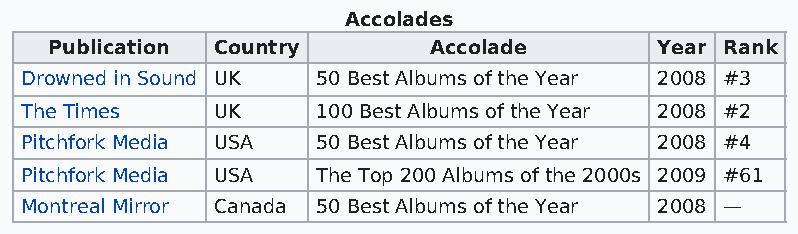
Accolades
 Publication Country      Accolade        Year Rank
 Drowned in Sound UK 50 Best Albums of the Year 2008 #3
 The Times    UK     100 Best Albums of the Year 2008 #2
 Pitchfork Media USA 50 Best Albums of the Year 2008 #4
 Pitchfork Media USA The Top 200 Albums of the 2000s 2009 #61
 Montreal Mirror Canada 50 Best Albums of the Year 2008 —